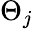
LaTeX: \Theta_{j}